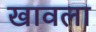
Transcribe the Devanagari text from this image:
खावला